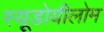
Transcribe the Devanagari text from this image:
स्यूडोयीलोम